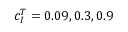
c _ { I } ^ { T } = 0 . 0 9 , 0 . 3 , 0 . 9